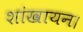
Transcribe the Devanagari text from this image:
शांखायन।